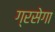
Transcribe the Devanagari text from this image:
ग्रसेगा